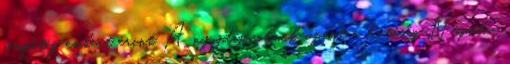
rengeteg embert érint A nyugdíjasoknak üzent a hatóság Napi.hu